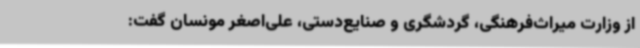
از وزارت میراث‌فرهنگی، گردشگری و صنایع‌دستی، علی‌اصغر مونسان گفت: